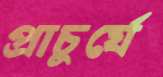
প্রাচুর্যে